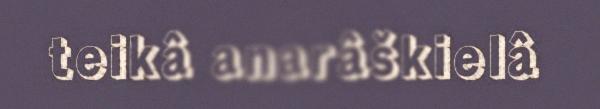
teikâ anarâškielâ